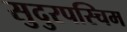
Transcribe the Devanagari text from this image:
सुदुरपस्चिम